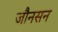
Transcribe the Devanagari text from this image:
जौनसन